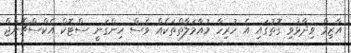
އާޒިމް ވިދާޅުވި ގޮތުގައި އެ ހުރިހާ މުއާމަލާތްތަކެއް ވެސް ހިންގަނީ ސްޓޮކް އެކްސްޗޭންޖް